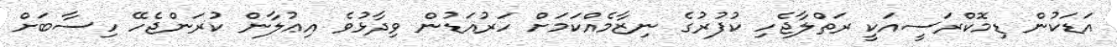
އަޑަކުން ޑިމޮކްރަސީއަކީ ރަތްލާޖެހި ކުފުރުގެ ނިޒާމެއްކަމަށް ހަރުއަޑުން ވިދާޅުވެ އިޢުލާން ކުރަންޖެހޭ ހިސާބަށް